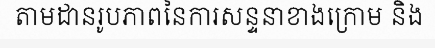
តាមដានរូបភាពនៃការសន្ទនាខាងក្រោម និង